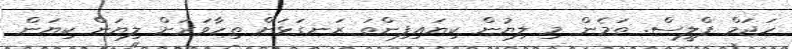
ހަޖަމް ޕްލީސް. ތަމެން މި ލިޔުން ކިޔައިފިންތަ ރަނގަޅަށް ތިހާވަރަށް ލިޔަން ކިޔަން